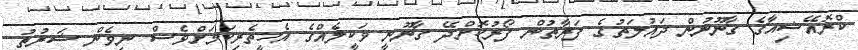
ކްރޮއޭޝިއާގެ ގާނޫނުން ދައުލަތުގެ ފަރާތުން ފޯރުކޮށްދޭ ގާނޫނީ ވަކީލެއްގެ އެހީތެރިކަމަށްވެސް ނިވެން ޝަރުތު